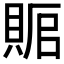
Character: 𰷅